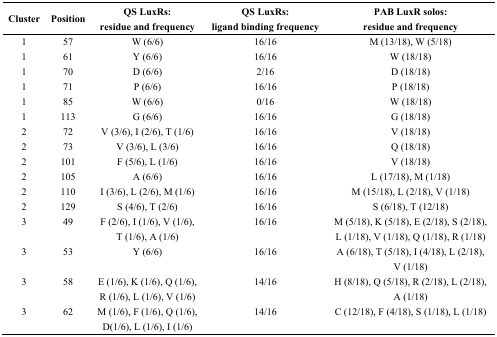
<table><thead><tr><td><b>Cluster</b></td><td><b>Position</b></td><td><b>QS LuxRs: residue and frequency</b></td><td><b>QS LuxRs: ligand binding frequency</b></td><td><b>PAB LuxR solos: residue and frequency</b></td></tr></thead><tbody><tr><td>1</td><td>57</td><td>W (6/6)</td><td>16/16</td><td>M (13/18), W (5/18)</td></tr><tr><td>1</td><td>61</td><td>Y (6/6)</td><td>16/16</td><td>W (18/18)</td></tr><tr><td>1</td><td>70</td><td>D (6/6)</td><td>2/16</td><td>D (18/18)</td></tr><tr><td>1</td><td>71</td><td>P (6/6)</td><td>16/16</td><td>P (18/18)</td></tr><tr><td>1</td><td>85</td><td>W (6/6)</td><td>0/16</td><td>W (18/18)</td></tr><tr><td>1</td><td>113</td><td>G (6/6)</td><td>16/16</td><td>G (18/18)</td></tr><tr><td>2</td><td>72</td><td>V (3/6), I (2/6), T (1/6)</td><td>16/16</td><td>V (18/18)</td></tr><tr><td>2</td><td>73</td><td>V (3/6), L (3/6)</td><td>16/16</td><td>Q (18/18)</td></tr><tr><td>2</td><td>101</td><td>F (5/6), L (1/6)</td><td>16/16</td><td>V (18/18)</td></tr><tr><td>2</td><td>105</td><td>A (6/6)</td><td>16/16</td><td>L (17/18), M (1/18)</td></tr><tr><td>2</td><td>110</td><td>I (3/6), L (2/6), M (1/6)</td><td>16/16</td><td>M (15/18), L (2/18), V (1/18)</td></tr><tr><td>2</td><td>129</td><td>S (4/6), T (2/6)</td><td>16/16</td><td>S (6/18), T (12/18)</td></tr><tr><td>3</td><td>49</td><td>F (2/6), I (1/6), V (1/6), T (1/6), A (1/6)</td><td>16/16</td><td>M (5/18), K (5/18), E (2/18), S (2/18), L (1/18), V (1/18), Q (1/18), R (1/18)</td></tr><tr><td>3</td><td>53</td><td>Y (6/6)</td><td>16/16</td><td>A (6/18), T (5/18), I (4/18), L (2/18), V (1/18)</td></tr><tr><td>3</td><td>58</td><td>E (1/6), K (1/6), Q (1/6), R (1/6), L (1/6), V (1/6)</td><td>14/16</td><td>H (8/18), Q (5/18), R (2/18), L (2/18), A (1/18)</td></tr><tr><td>3</td><td>62</td><td>M (1/6), F (1/6), Q (1/6), D(1/6), L (1/6), I (1/6)</td><td>14/16</td><td>C (12/18), F (4/18), S (1/18), L (1/18)</td></tr></tbody></table>